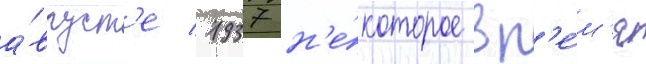
а́вгуст'е 1937 н'е́которое вр'е́м'я